Civil Veterinary Department Bihar & Orissa reports 1929-36 - 1929-1936
Year: 1929
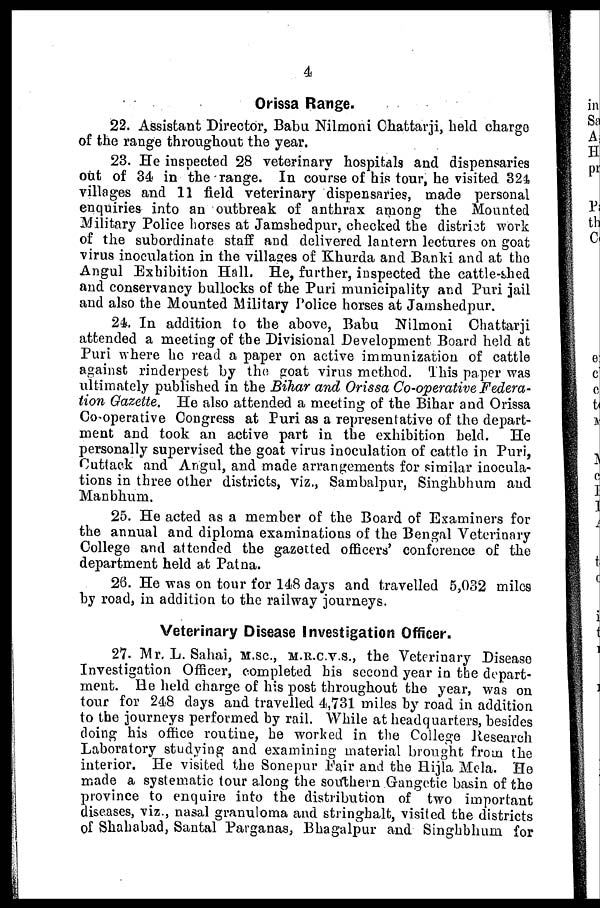
4
Orissa Range.
22. Assistant Director, Babu Nilmoni Chattarji, held charge
of the range throughout the year.
23. He inspected 28 veterinary hospitals and dispensaries
out of 34 in the range. In course of his tour, he visited 324
villages and 11 field veterinary dispensaries, made personal
enquiries into an outbreak of anthrax among the Mounted
Military Police horses at Jamshedpur, checked the district work
of the subordinate staff and delivered lantern lectures on goat
virus inoculation in the villages of Khurda and Banki and at the
Angul Exhibition Hall. He, further, inspected the cattle-shed
and conservancy bullocks of the Puri municipality and Puri jail
and also the Mounted Military Police horses at Jamshedpur.
24. In addition to the above, Babu Nilmoni Chattarji
attended a meeting of the Divisional Development Board held at
Puri where he read a paper on active immunization of cattle
against rinderpest by the goat virus method. This paper was
ultimately published in the Bihar and Orissa Co-operative Federa-
tion Gazette. He also attended a meeting of the Bihar and Orissa
Co-operative Congress at Puri as a representative of the depart-
ment and took an active part in the exhibition held. He
personally supervised the goat virus inoculation of cattle in Puri,
Cuttack and Angul, and made arrangements for similar inocula-
tions in three other districts, viz., Sambalpur, Singhbhum and
Manbhum.
25. He acted as a member of the Board of Examiners for
the annual and diploma examinations of the Bengal Veterinary
College and attended the gazetted officers' conference of the
department held at Patna.
26. He was on tour for 148 days and travelled 5,032 miles
by road, in addition to the railway journeys.
Veterinary Disease Investigation Officer.
27. Mr. L. Sahai, M.sc, M.R.C.V.S., the Veterinary Disease
Investigation Officer, completed his second year in the depart-
ment. He held charge of his post throughout the year, was on
tour for 248 days and travelled 4,731 miles by road in addition
to the journeys performed by rail. While at headquarters, besides
doing his office routine, he worked in the College Research
Laboratory studying and examining material brought from the
interior. He visited the Sonepur Fair and the Hijla Mela. He
made a systematic tour along the southern Gangetic basin of the
province to enquire into the distribution of two important
diseases, viz., nasal granuloma and stringhalt, visited the districts
of Shahabad, Santal Parganas, Bhagalpur and Singhbhum for